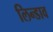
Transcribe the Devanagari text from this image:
लिन्डाव